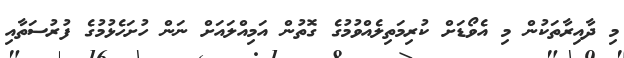
މި ދާއިރާތަކުން މި އެވޯޑަށް ކުރިމަތިލެއްވުމުގެ ގޮތުން އަމިއްލައަށް ނަން ހުށަހެޅުމުގެ ފުރުސަތާއި